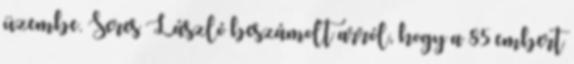
üzembe. Seres László beszámolt arról, hogy a 85 embert